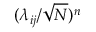
( \lambda _ { i j } / \sqrt { N } ) ^ { n }